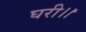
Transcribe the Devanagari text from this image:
घरी।।